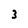
Character: 3